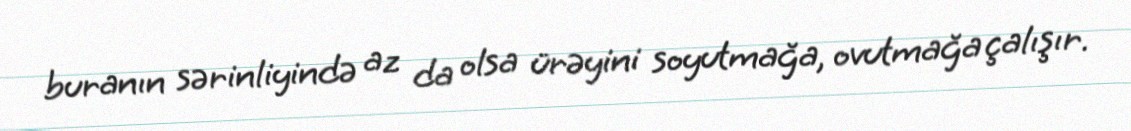
buranın sərinliyində az da olsa ürəyini soyutmağa, ovutmağa çalışır.